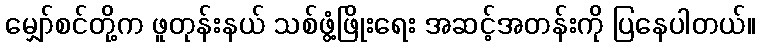
မျှော်စင်တို့က ဖူတုန်းနယ် သစ်ဖွံ့ဖြိုးရေး အဆင့်အတန်းကို ပြနေပါတယ်။